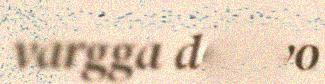
vargga doajvo